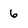
Character: 6